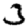
Digit: 3